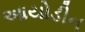
આયોડીન